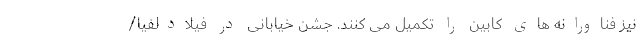
نیز فناورانه های کابین را تکمیل می کنند. جشن خیابانی در فیلادلفیا/